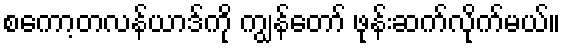
စကော့တလန်ယာဒ်ကို ကျွန်တော် ဖုန်းဆက်လိုက်မယ်။